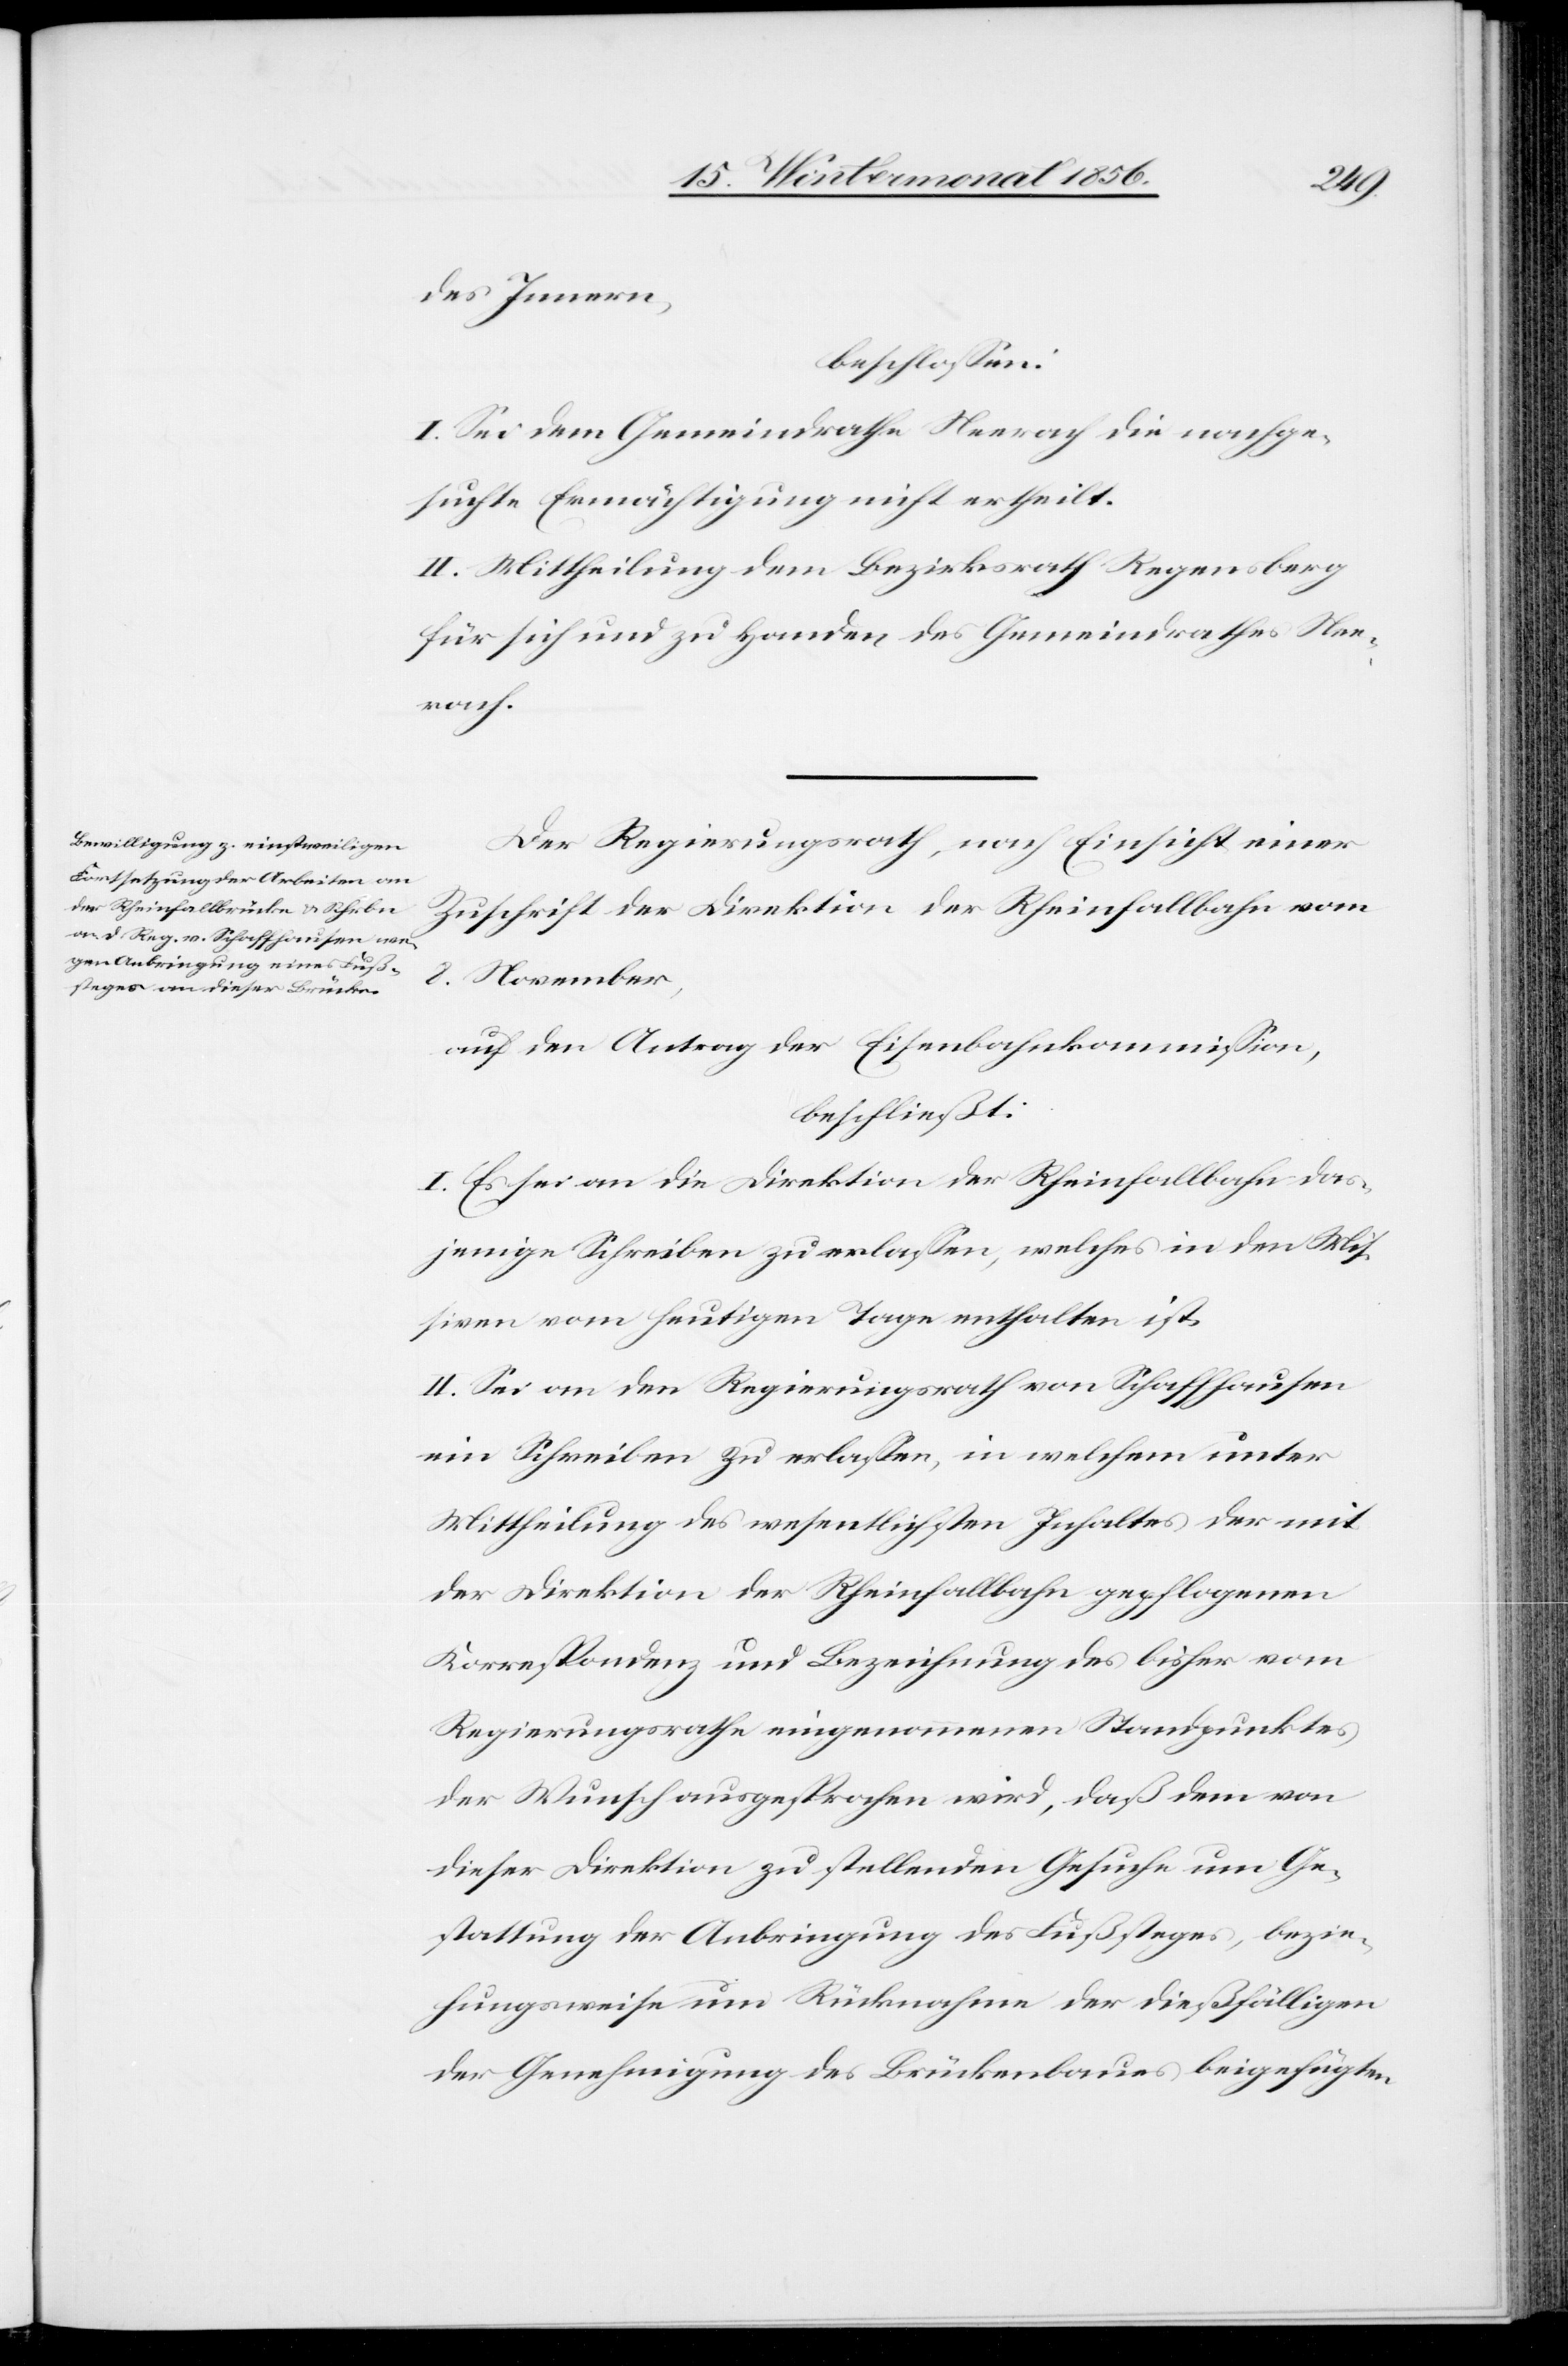
des Innern,
beschlossen:
I. Sei dem Gemeindrathe Neerach die nachge¬
suchte Ermächtigung nicht ertheilt.
II. Mittheilung dem Bezirksrath Regensberg
für sich und zu Handen des Gemeindrathes Nee¬
rach.
Der Regierungsrath, nach Einsicht einer
Zuschrift der Direktion der Rheinfallbahn vom
8. November,
auf den Antrag der Eisenbahnkommission,
beschließt:
I. Es sei an die Direktion der Rheinfallbahn das¬
jenige Schreiben zu erlassen, welches in den Mis¬
siven vom heutigen Tage enthalten ist.
II. Sei an den Regierungsrath von Schaffhausen
ein Schreiben zu erlassen, in welchem unter
Mittheilung des wesentlichen Inhaltes der mit
der Direktion der Rheinfallbahn gepflogenen
Korrespondenz und Bezeichnung des bisher vom
Regierungsrathe eingenommenen Standpunktes
der Wunsch ausgesprochen wird, daß dem von
dieser Direktion zu stellenden Gesuche um Ge¬
stattung der Anbringung des Fußsteges, bezie¬
hungsweise um Rücknahme der dießfälligen
der Genehmigung des Brückenbaues beigefügten